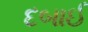
દબાઈ